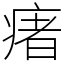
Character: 瘏